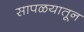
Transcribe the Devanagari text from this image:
सापळयातून